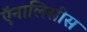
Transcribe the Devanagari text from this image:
ऍनालिसीस